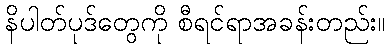
နိပါတ်ပုဒ်တွေကို စီရင်ရာအခန်းတည်း။